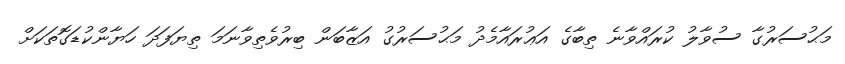
މަޙުސަރުގާ ސުވާލު ކުރައްވާނެ ތިބާގެ އަޢުރައާމެދު މަޙުސަރުގު އަޒާބަން ބިރުވެތިވާނަމަ ތިޔަފަދަ ހަޔާންކުޑަގޮތަކަށް